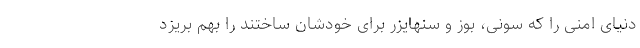
دنیای امنی را که سونی، بوز و سنهایزر برای خودشان ساختند را بهم بریزد